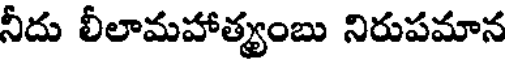
నీదు లీలామహాత్యంబు నిరుపమాన